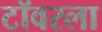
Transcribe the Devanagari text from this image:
टॉवरला